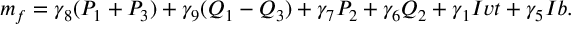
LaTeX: m _ { f } = \gamma _ { 8 } ( P _ { 1 } + P _ { 3 } ) + \gamma _ { 9 } ( Q _ { 1 } - Q _ { 3 } ) + \gamma _ { 7 } P _ { 2 } + \gamma _ { 6 } Q _ { 2 } + \gamma _ { 1 } I v t + \gamma _ { 5 } I b .